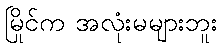
မြိုင်က အလုံးမများဘူး